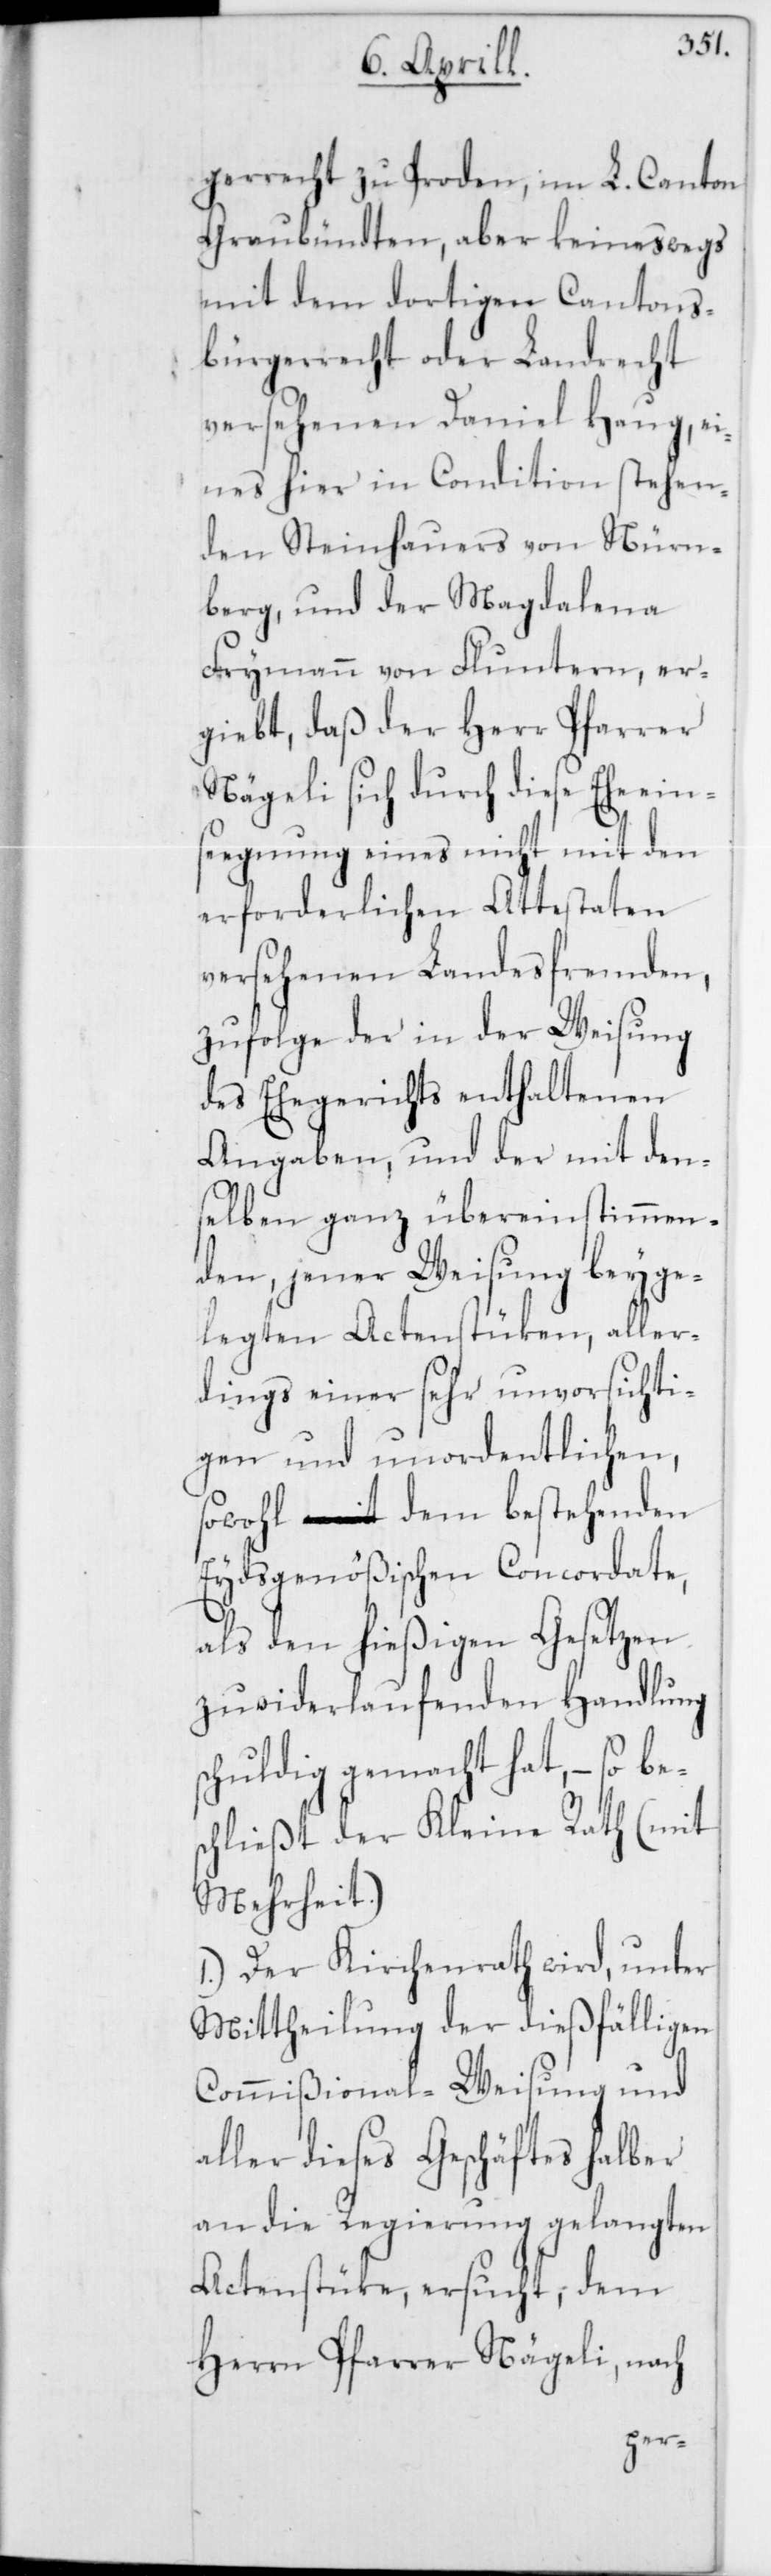
gerrecht zu Proden, im L. Canton
Graubündten, aber keineswegs
mit dem dortigen Cantons¬
bürgerrecht oder Landrecht
versehenen Daniel Haug, ei¬
nes hier in Condition stehen¬
den Steinhauers von Nürn¬
berg, und der Magdalena
Frymann von Fluntern, er¬
giebt, daß der Herr Pfarrer
Nägeli sich durch diese Eheein¬
segnung eines nicht mit den
erforderlichen Attestaten
versehenen Landesfremden,
zufolge der in der Weisung
des Ehegerichts enthaltenen
Angaben, und der mit den¬
selben ganz übereinstimmen¬
den, jener Weisung beyge¬
legten Actenstüken, aller¬
dings einer sehr unvorsichti¬
gen und unordentlichen,
sowohl dem bestehenden
Eydsgenößischen Concordate,
als den hießigen Gesetzen
zuwiderlaufenden Handlung
schuldig gemacht hat, – so
chließt der Kleine Rath (mit
Mehrheit.)
1.) Der Kirchenrath wird, unter
Mittheilung der dießfälligen
Commißional-Weisung und
aller dieses Geschäftes halber
an die Regierung gelangten
Actenstüke ersucht, dem
Herrn Pfarrer Nägeli, nach
bes¬